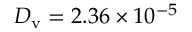
{ \cal D } _ { \mathrm { v } } = 2 . 3 6 \times 1 0 ^ { - 5 }